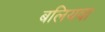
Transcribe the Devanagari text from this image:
बलियवा